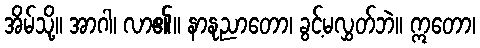
အိမ်သို့။ အာဂါ၊ လာ၏။ နာနုညာတော၊ ခွင့်မလွှတ်ဘဲ။ ဣတော၊